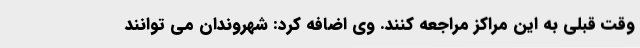
وقت قبلی به این مراکز مراجعه کنند. وی اضافه کرد: شهروندان می توانند